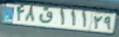
۴۸ق۱۱۱۲۹